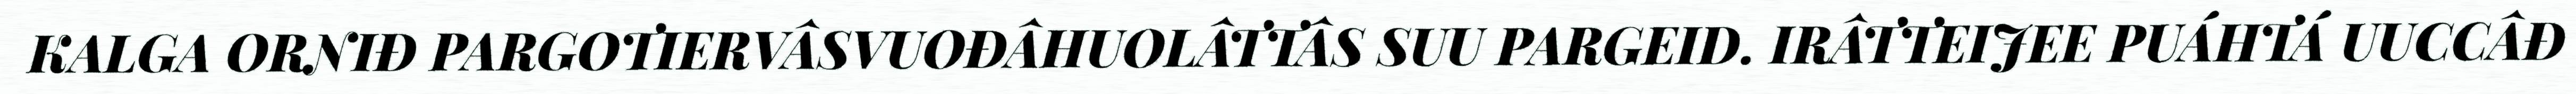
KALGA ORNIĐ PARGOTIERVÂSVUOĐÂHUOLÂTTÂS SUU PARGEID. IRÂTTEIJEE PUÁHTÁ UUCCÂĐ